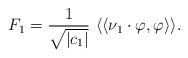
LaTeX: \begin{align*}F_1= \frac{1}{\sqrt{|c_1|}}\ \langle\langle \nu_1 \cdot \varphi , \varphi \rangle\rangle.\end{align*}